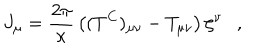
LaTeX: J _ { \mu } = { \frac { 2 \pi } { \kappa } } \left( ( T ^ { C } ) _ { \mu \nu } - T _ { \mu \nu } \right) \zeta ^ { \nu } ,